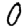
Digit: 0